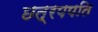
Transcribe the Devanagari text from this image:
छत्रपपति